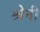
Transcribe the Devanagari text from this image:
श्रेनी